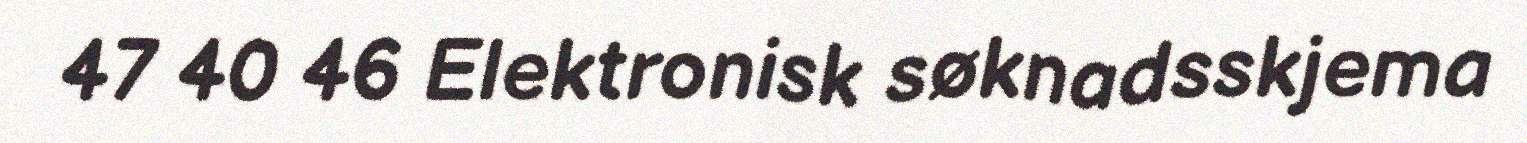
47 40 46 Elektronisk søknadsskjema